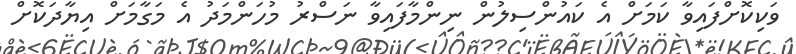
ވަކިކޮށްފައިވާ ކަމަށް އެ ކައުންސިލުން ނިންމާފައިވާ ނަސްރު މުހަންމަދު އެ މަގާމަށް އިޔާދަކޮށް